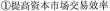
①提高资本市场交易效率